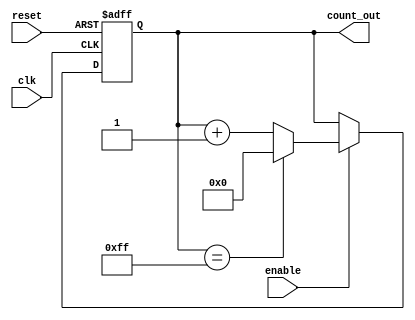
module MemoryBlocksUpCounter #(
    parameter N = 8 // Configurable size of counter (number of bits)
)(
    input wire clk,
    input wire reset,
    input wire enable,
    output reg [N-1:0] count_out
);

// Memory Block for storing the current count value
// Using a register to simulate the memory block
reg [N-1:0] memory_block;

always @(posedge clk or posedge reset) begin
    if (reset) begin
        // Reset logic: clear the memory block to zero
        memory_block <= 0;
    end else if (enable) begin
        // Increment logic: only when enable is high
        if (memory_block == (1 << N) - 1) begin
            // Check for overflow, wrap around to zero
            memory_block <= 0;
        end else begin
            memory_block <= memory_block + 1;
        end
    end
end

// Assign the memory block value to the output
always @* begin
    count_out = memory_block;
end

endmodule